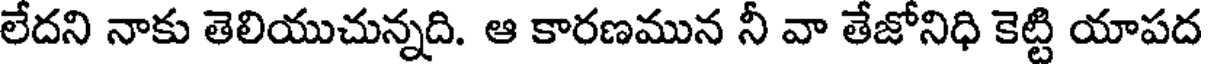
లేదని నాకు తెలియుచున్నది. ఆ కారణమున నీ వా తేజోనిధి కెట్టి యాపద